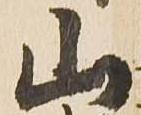
山